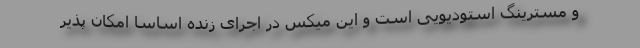
و مسترینگ استودیویی است و این میکس در اجرای زنده اساسا امکان پذیر